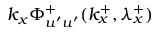
k _ { x } \Phi _ { u ^ { \prime } u ^ { \prime } } ^ { + } ( k _ { x } ^ { + } , \lambda _ { x } ^ { + } )